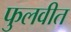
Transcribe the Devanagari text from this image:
फुलवीत